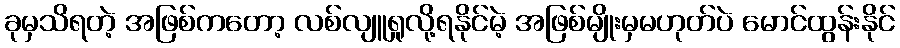
ခုမှသိရတဲ့ အဖြစ်ကတော့ လစ်လျူရှုလို့ရနိုင်မဲ့ အဖြစ်မျိုးမှမဟုတ်ပဲ မောင်ထွန်းနိုင်